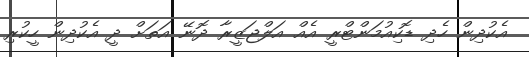
އެކުދިން ހެދި ޑޮކިއުމަންޓްރީ އެއް އަލްޖަޒީރާ ދޮނޭ އަތަށް ދީ އެކުދިން ހީކުރި